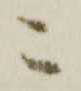
こ